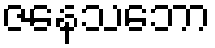
ဇနေသဘော